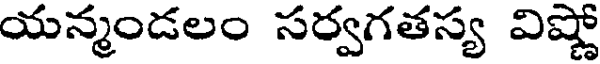
యన్మండలం సర్వగతస్య విష్ణో